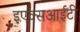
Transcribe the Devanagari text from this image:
इएक्सआईटी